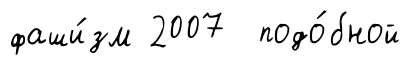
фаши́зм 2007 подо́бной